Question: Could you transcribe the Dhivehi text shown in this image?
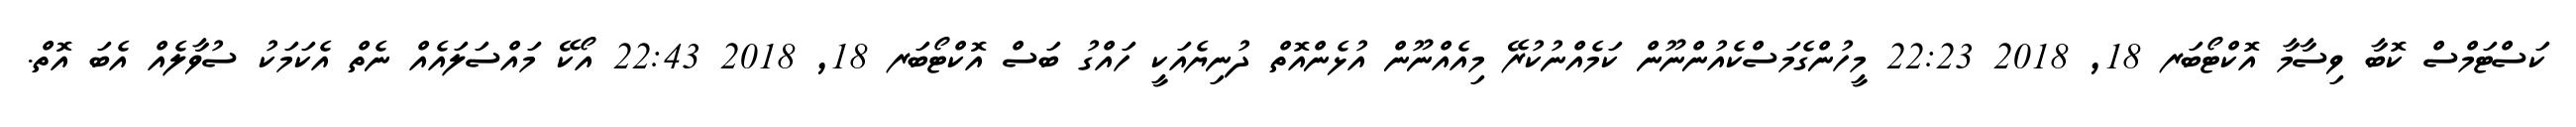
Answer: ކަސްޓަމްސް ކޮބާ ވިސާމާ އޮކްޓޯބަރ 18, 2018 22:23 މީހުންގެމަސްކެއުންނޫން ކަމެއްނުކުރޭ މިއެއްނޫން އުޅެންއޮތް ދުނިޔެއަކީ ހައްގު ބަސް އޮކްޓޯބަރ 18, 2018 22:43 އޯކޭ މައްސަލައެއް ނެތް އެކަމަކު ސުވާލެއް އެބަ އޮތް.